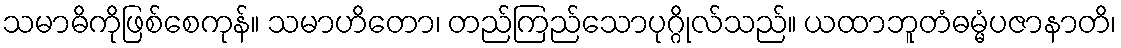
သမာဓိကိုဖြစ်စေကုန်။ သမာဟိတော၊ တည်ကြည်သောပုဂ္ဂိုလ်သည်။ ယထာဘူတံဓမ္မံပဇာနာတိ၊